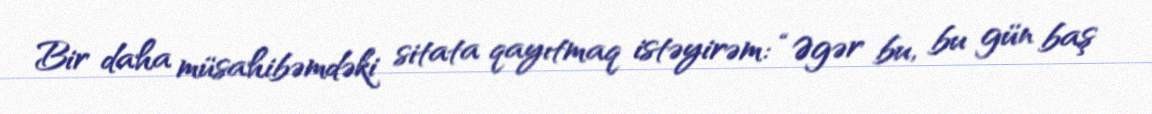
Bir daha müsahibəmdəki sitata qayıtmaq istəyirəm: “Əgər bu, bu gün baş